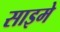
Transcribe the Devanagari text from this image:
साइमे